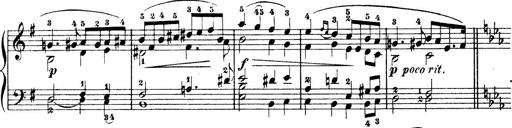
Title: Wagner-Liszt Album
Composer: Franz Liszt